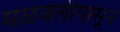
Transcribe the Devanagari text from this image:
मळवलीपासून